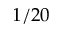
1 / 2 0